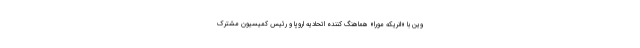
وین با «انریکه مورا» هماهنگ کننده اتحادیه اروپا و رئیس کمیسیون مشترک